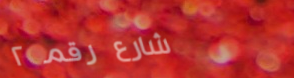
شارع رقم ٢